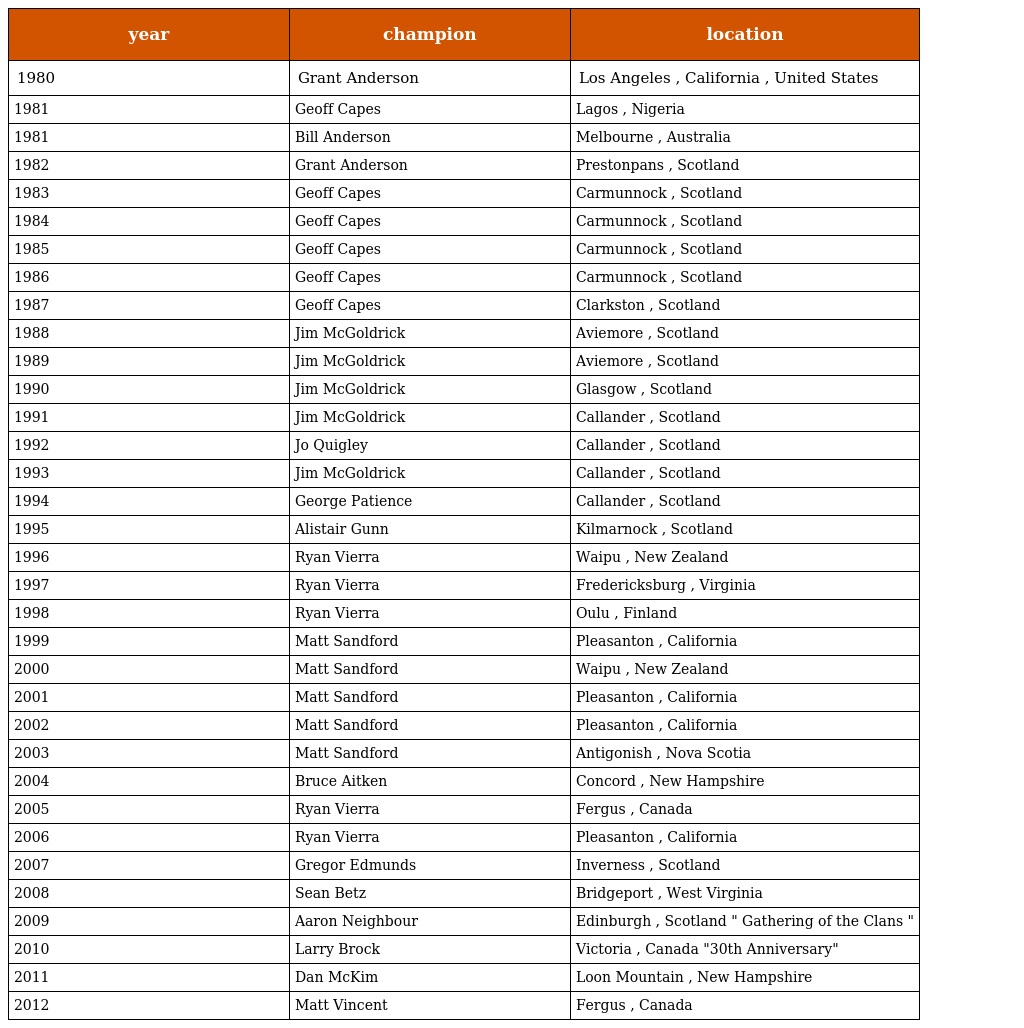
| year | champion | location |
 | --- | --- | --- |
 | 1980 | Grant Anderson | Los Angeles , California , United States |
 | 1981 | Geoff Capes | Lagos , Nigeria |
 | 1981 | Bill Anderson | Melbourne , Australia |
 | 1982 | Grant Anderson | Prestonpans , Scotland |
 | 1983 | Geoff Capes | Carmunnock , Scotland |
 | 1984 | Geoff Capes | Carmunnock , Scotland |
 | 1985 | Geoff Capes | Carmunnock , Scotland |
 | 1986 | Geoff Capes | Carmunnock , Scotland |
 | 1987 | Geoff Capes | Clarkston , Scotland |
 | 1988 | Jim McGoldrick | Aviemore , Scotland |
 | 1989 | Jim McGoldrick | Aviemore , Scotland |
 | 1990 | Jim McGoldrick | Glasgow , Scotland |
 | 1991 | Jim McGoldrick | Callander , Scotland |
 | 1992 | Jo Quigley | Callander , Scotland |
 | 1993 | Jim McGoldrick | Callander , Scotland |
 | 1994 | George Patience | Callander , Scotland |
 | 1995 | Alistair Gunn | Kilmarnock , Scotland |
 | 1996 | Ryan Vierra | Waipu , New Zealand |
 | 1997 | Ryan Vierra | Fredericksburg , Virginia |
 | 1998 | Ryan Vierra | Oulu , Finland |
 | 1999 | Matt Sandford | Pleasanton , California |
 | 2000 | Matt Sandford | Waipu , New Zealand |
 | 2001 | Matt Sandford | Pleasanton , California |
 | 2002 | Matt Sandford | Pleasanton , California |
 | 2003 | Matt Sandford | Antigonish , Nova Scotia |
 | 2004 | Bruce Aitken | Concord , New Hampshire |
 | 2005 | Ryan Vierra | Fergus , Canada |
 | 2006 | Ryan Vierra | Pleasanton , California |
 | 2007 | Gregor Edmunds | Inverness , Scotland |
 | 2008 | Sean Betz | Bridgeport , West Virginia |
 | 2009 | Aaron Neighbour | Edinburgh , Scotland " Gathering of the Clans " |
 | 2010 | Larry Brock | Victoria , Canada "30th Anniversary" |
 | 2011 | Dan McKim | Loon Mountain , New Hampshire |
 | 2012 | Matt Vincent | Fergus , Canada |